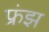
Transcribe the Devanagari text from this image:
फ्रंझ